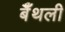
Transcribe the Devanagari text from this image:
बैँथली